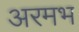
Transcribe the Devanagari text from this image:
अरमभ